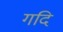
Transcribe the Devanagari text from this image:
गदि